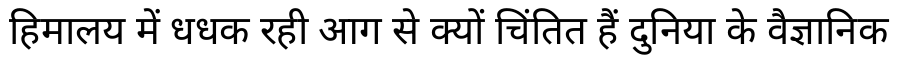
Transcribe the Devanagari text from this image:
हिमालय में धधक रही आग से क्यों चिंतित हैं दुनिया के वैज्ञानिक